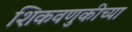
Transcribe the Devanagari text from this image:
शिकवणुकीच्‍या